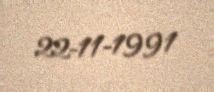
22-11-1991